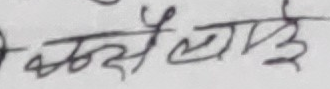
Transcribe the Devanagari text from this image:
कसैलाई